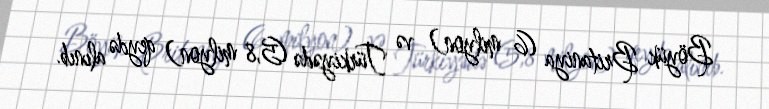
Böyük Britaniya (6 milyon) və Türkiyədə (5,8 milyon) qeydə alınıb.